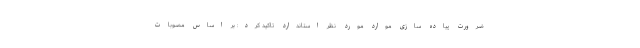
ضرورت پیاده سازی موارد مورد نظر استاندارد تاکید کرد: بر اساس مصوبات